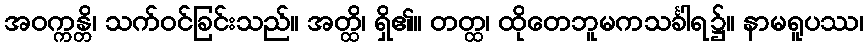
အဝက္ကန္တိ၊ သက်ဝင်ခြင်းသည်။ အတ္ထိ၊ ရှိ၏။ တတ္ထ၊ ထိုတေဘူမကသင်္ခါရ၌။ နာမရူပဿ၊